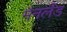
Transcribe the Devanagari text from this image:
मैनलैंड